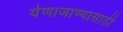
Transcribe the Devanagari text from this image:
येणाजाण्यासाठी